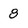
Character: 8